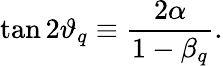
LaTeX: \tan 2\vartheta_{q}\equiv\frac{2\alpha}{1-\beta_{q}}.